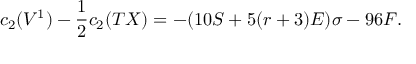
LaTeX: c _ { 2 } ( V ^ { 1 } ) - \frac { 1 } { 2 } c _ { 2 } ( T X ) = - ( 1 0 S + 5 ( r + 3 ) { \cal { E } } ) \sigma - 9 6 F .